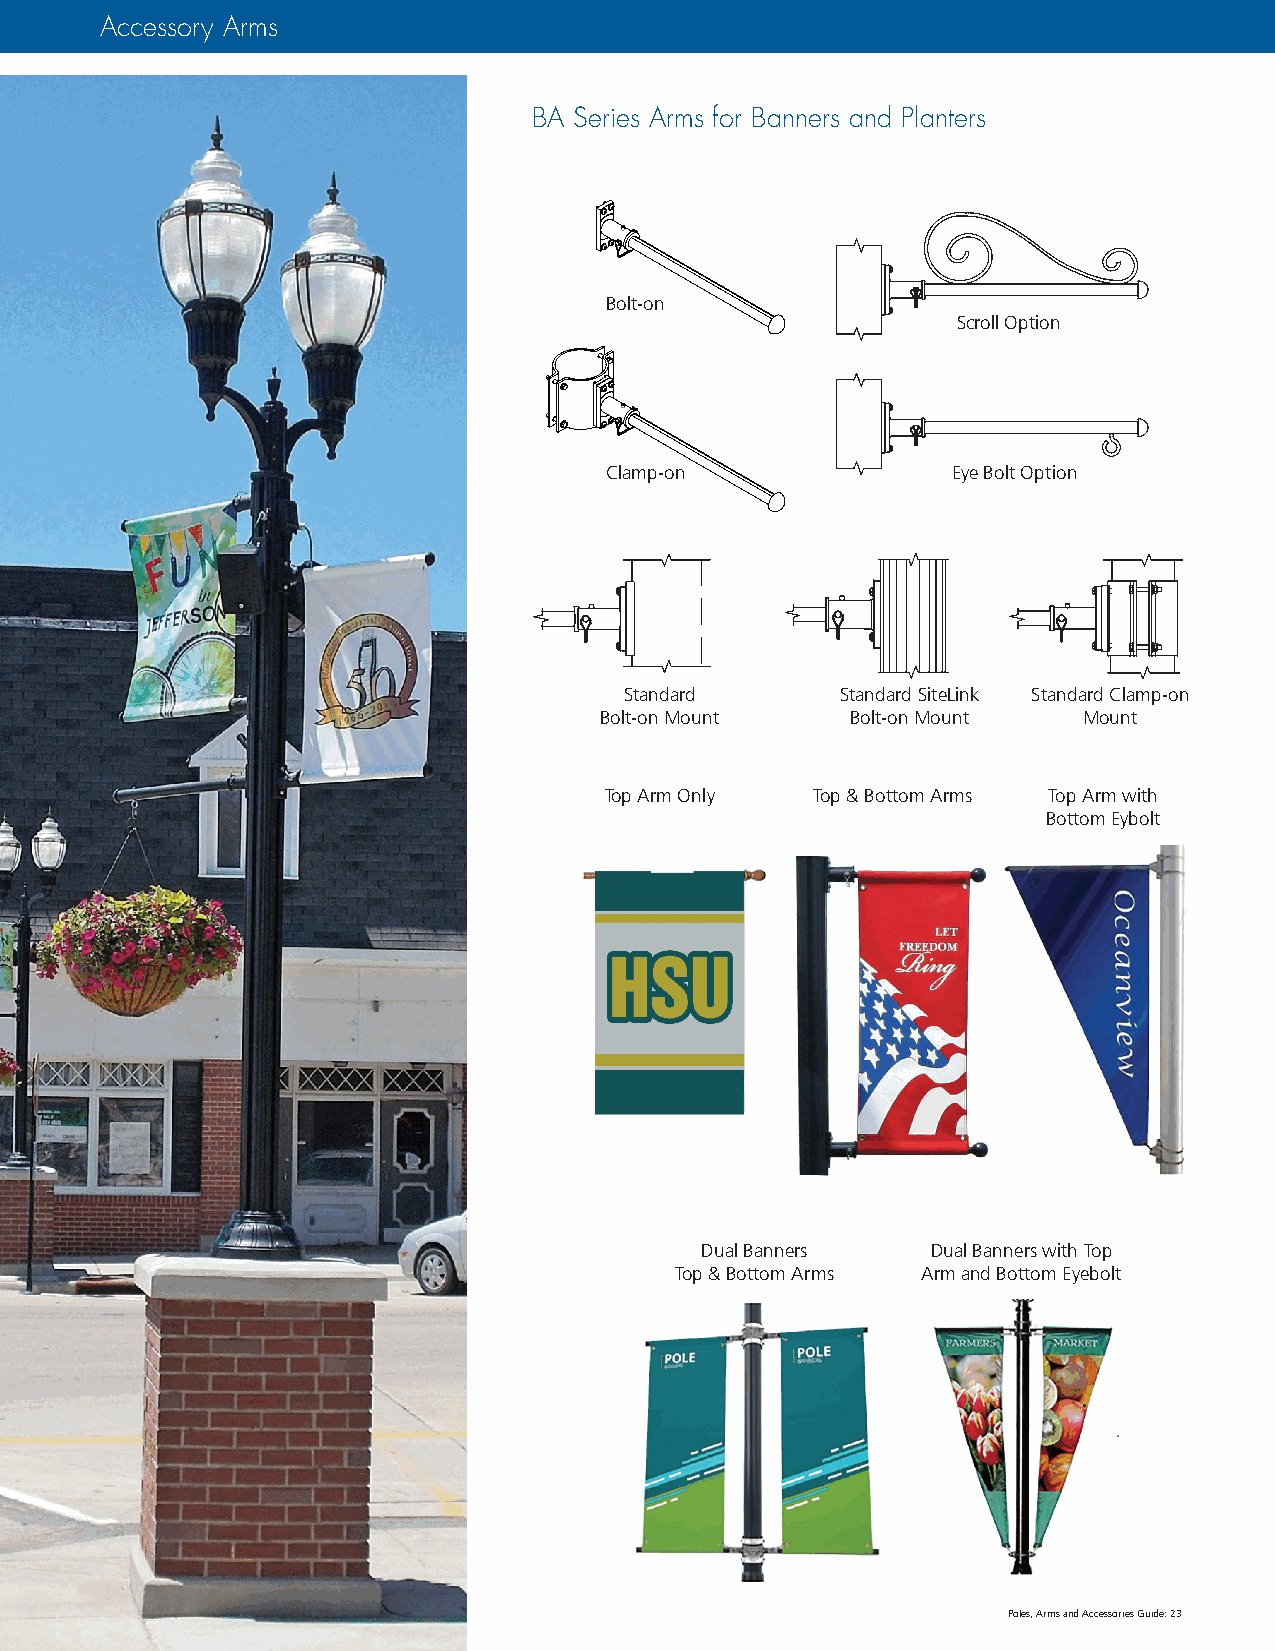
Accessory Arms
 BA Series Arms for Banners and Planters
 Bolt-on
 Scroll Option
 Clamp-on               Eye Bolt Option
 Standard       Standard SiteLink Standard Clamp-on
 Bolt-on Mount   Bolt-on Mount   Mount
 Top Arm Only  Top & Bottom Arms Top Arm with
 Bottom Eybolt
 Dual Banners    Dual Banners with Top
 Top & Bottom Arms Arm and Bottom Eyebolt
 Poles, Arms and Accessories Guide: 23